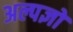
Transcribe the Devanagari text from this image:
अल्पज्ञों